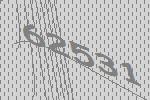
62531